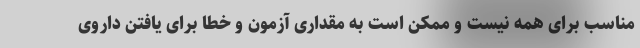
مناسب برای همه نیست و ممکن است به مقداری آزمون و خطا برای یافتن داروی